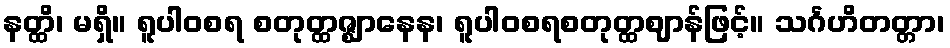
နတ္ထိ၊ မရှိ။ ရူပါဝစရ စတုတ္ထဇ္ဈာနေန၊ ရူပါဝစရစတုတ္ထဈာန်ဖြင့်။ သင်္ဂဟိတတ္တာ၊